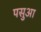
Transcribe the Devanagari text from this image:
पसुआ